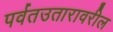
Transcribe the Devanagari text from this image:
पर्वतउतारावरील